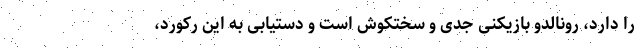
را دارد، رونالدو بازیکنی جدی و سختکوش است و دستیابی به این رکورد،